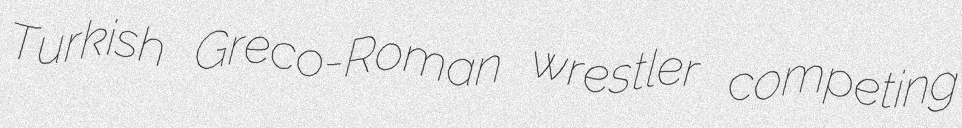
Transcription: Turkish Greco-Roman wrestler competing